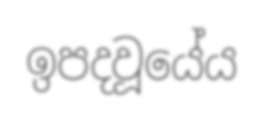
ඉපදවූයේය